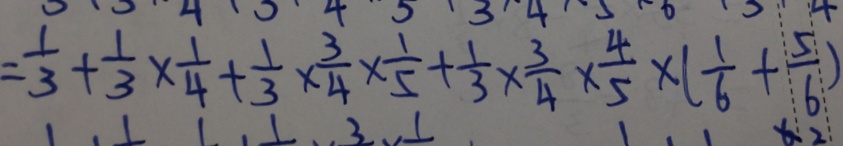
= \frac { 1 } { 3 } + \frac { 1 } { 3 } \times \frac { 1 } { 4 } + \frac { 1 } { 3 } \times \frac { 3 } { 4 } \times \frac { 1 } { 5 } + \frac { 1 } { 3 } \times \frac { 3 } { 4 } \times \frac { 4 } { 5 } \times ( \frac { 1 } { 6 } + \frac { 5 } { 6 } )